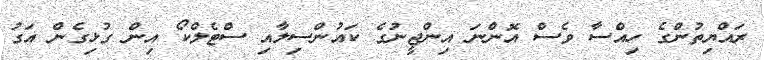
ރައްޔިތުންގެ ހިއްސާ ވެސް އޮންނަ އިންޖީނުގެ ކައުންސިލާއި ސްޓެލްކޯ އިން ގުޅިގެން އަގު